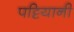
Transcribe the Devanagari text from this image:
पट्टियानी